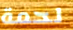
لحمة